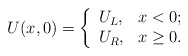
\begin{align*}U(x,0)=\left\{ \begin{array}{ll} U_L, & \hbox{$x<0$;} \\ U_R, & \hbox{$x\geq 0.$} \end{array} \right.\end{align*}